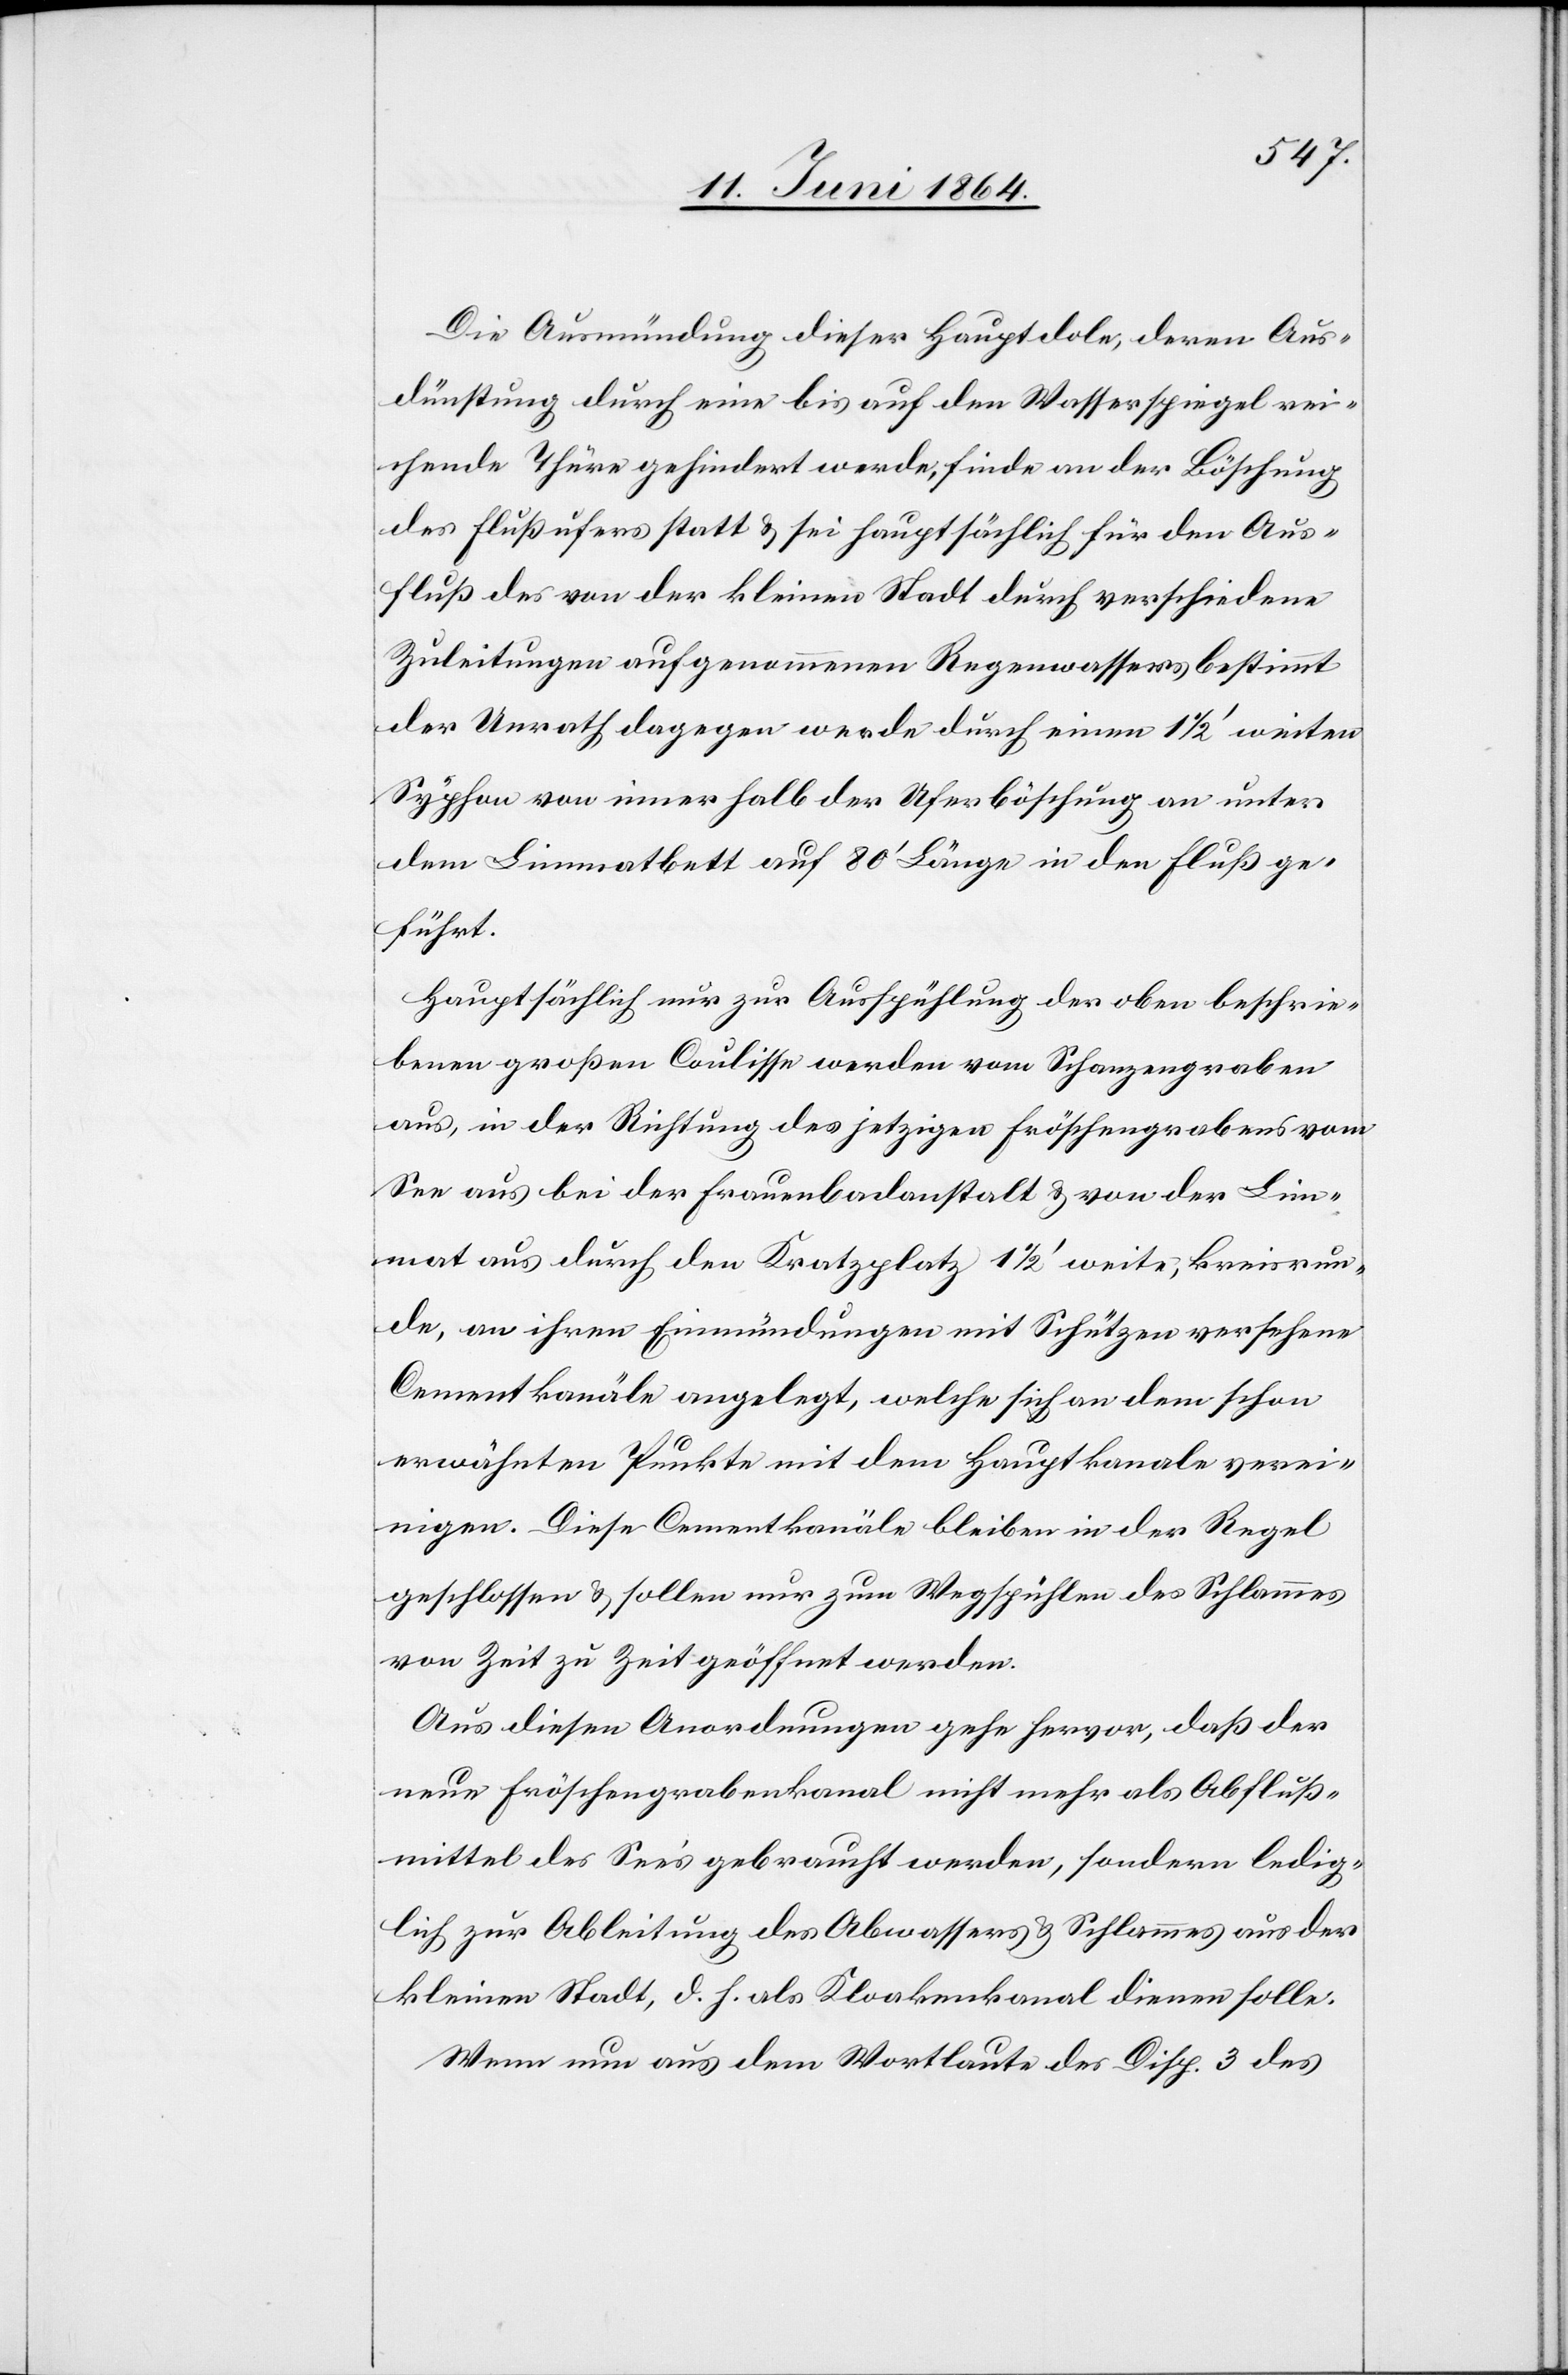
Die Ausmündung dieser Hauptdole, deren Aus¬
dünstung durch eine bis auf den Wasserspiegel rei¬
chende Thüre gehindert werde, finde an der Böschung
des Flußufers statt u. sei hauptsächlich für den Aus¬
fluß des von der kleinen Stadt durch verschiedene
Zuleitungen aufgenommenen Regenwassers bestimmt[,]
der Unrath dagegen werde durch einen 1 1/2’ weiten
Syphon von innerhalb der Uferböschung an unter
dem Limmatbett auf 80’ Länge in den Fluß ge¬
führt.
Hauptsächlich nur zur Ausspühlung der oben beschrie¬
benen großen Coulisse werden vom Schanzengraben
aus, in der Richtung des jetzigen Fröschengrabens vom
See aus bei der Frauenbadanstalt u. von der Lim¬
mat aus durch den Kratzplatz 1 1/2’ weite, kreisrun¬
de, an ihren Einmündungen mit Schützen versehene
Cementkanäle angelegt, welche sich an dem schon
erwähnten Punkte mit dem Hauptkanale verei¬
nigen. Diese Cementkanäle bleiben in der Regel
geschlossen u. sollen nur zum Wegspühlen des Schlammes
von Zeit zu Zeit geöffnet werden.
Aus diesen Anordnungen gehe hervor, daß der
neue Fröschengrabenkanal nicht mehr als Abfluß¬
mittel des See’s gebraucht werden, sondern ledig¬
lich zur Ableitung des Abwassers u. Schlammes aus der
kleinen Stadt, d. h. als Kloakenkanal dienen solle.
Wenn nun aus dem Wortlaute der Disp. 3 des